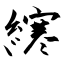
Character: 𫟂